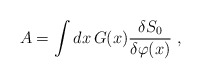
\begin{align*}A=\int dx\,G(x)\frac{\delta S_0}{\delta \varphi(x)}\ ,\end{align*}